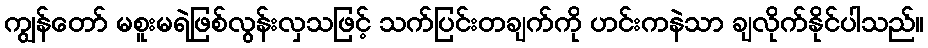
ကျွန်တော် မစူးမရဲဖြစ်လွန်းလှသဖြင့် သက်ပြင်းတချက်ကို ဟင်းကနဲသာ ချလိုက်နိုင်ပါသည်။